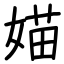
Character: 媌